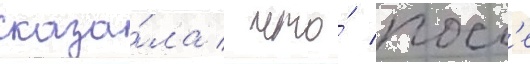
сказа́ла / что́ посл'е